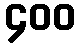
၄၀၀